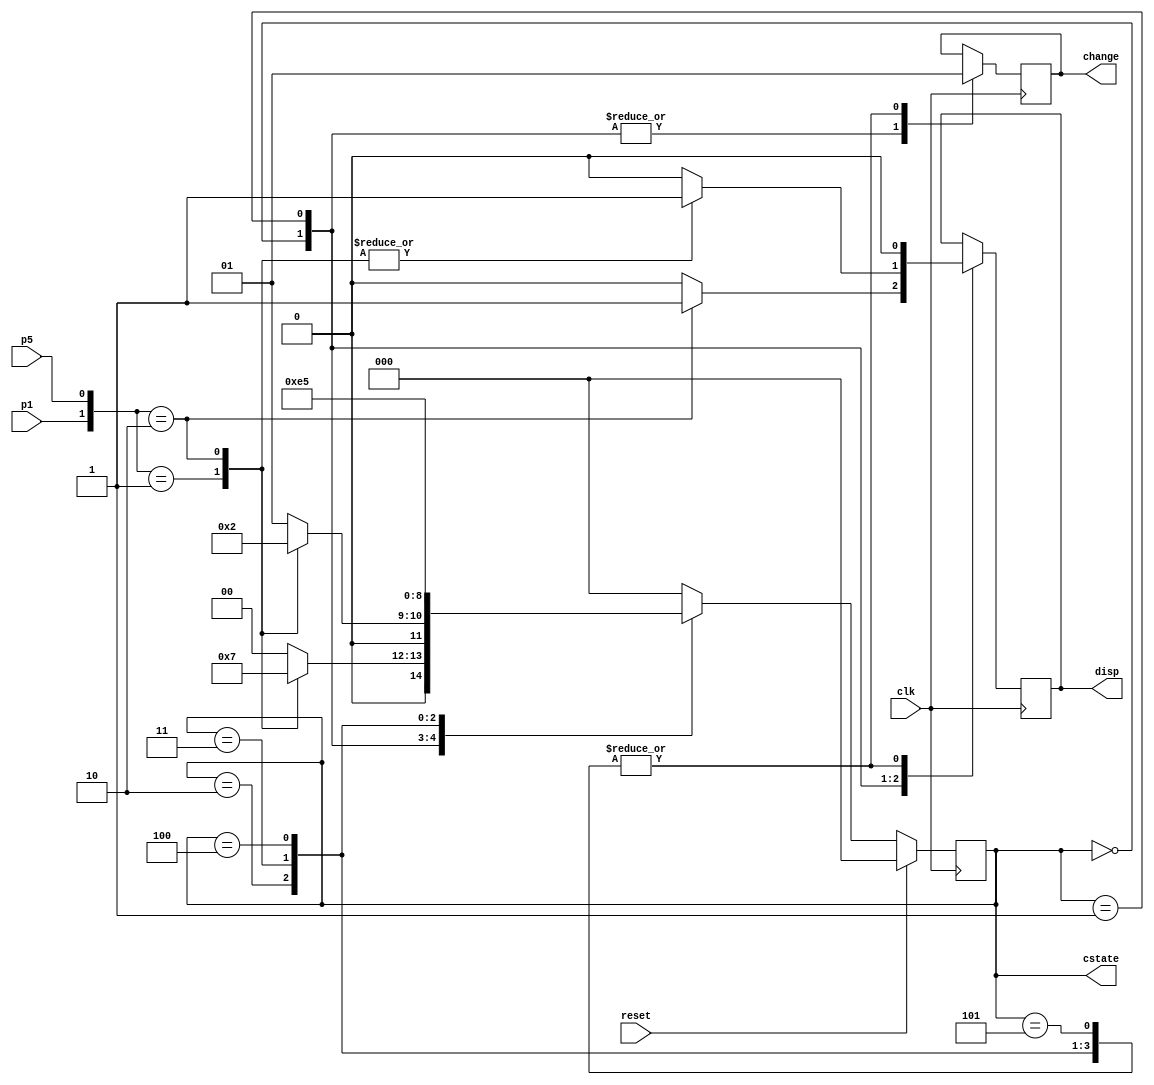
//**************************//
//    2P Vending Machine    //
//   Jeph Mari M. Daligdig  //
//**************************//


module vendo_2p (clk,
		reset, 
		p1,
		p5,
		disp,
		change,
		cstate
);

//input declaration
input reset;
input clk;
input p1;
input p5;

//output declaration
output disp;
output change;
output [2:0] cstate;

//data types
wire reset;
wire clk;
wire p1;
wire p5;

reg disp;
reg change;
reg [2:0] cstate;
reg [2:0] nstate;

//States
parameter state_A = 3'b000;
parameter state_B = 3'b001;
parameter state_C = 3'b010;
parameter state_D = 3'b011;
parameter state_E = 3'b100;
parameter state_F = 3'b101;

//code begins here
//state Transition
always @ (posedge clk) begin
	if (reset)
		cstate <= 3'b000;
	else
		cstate <= nstate;
	end
//Next State Assignment
	always @ (*) begin
		case (cstate)
			state_A: case({p1,p5})
				2'b01: nstate <= state_B;
				2'b10: nstate <= state_D;
				default: nstate <= state_A;
					endcase
			state_B: case ({p1,p5})
				2'b01: nstate <= state_A;
				2'b10: nstate <= state_C;
				default: nstate <=state_B;
					endcase
			state_C: nstate <= state_D;
			state_D: nstate <= state_E;
			state_E: nstate <= state_F;
			state_F: nstate <= state_A;
			default: nstate <= state_A;
		endcase
		end
//Output assignment
always @ (posedge clk) begin
	case (cstate)
		state_A: case({p1,p5})
			2'b01: begin disp <= 1'b0;
			change <= 1'b0; end
			2'b10: begin disp <= 1'b1;
			change <= 1'b0; end			
			default: begin disp <= 1'b0;
			change <= 1'b0; end
				endcase
		state_B: case({p1,p5})
			2'b01: begin disp <= 1'b1;
			change <= 1'b0; end
			2'b10: begin disp <= 1'b1;
			change <= 1'b0; end
			default: begin disp <= 1'b0;
			change <= 1'b0; end
				endcase
		state_C: begin disp <= 1'b0;
			change <= 1'b1; end
		state_D:	begin disp <= 1'b0;
			change <= 1'b1; end
		state_E: begin disp <= 1'b0;
			change <= 1'b1; end
		state_F:	begin disp <= 1'b0;
			change <= 1'b1; end
	endcase
	end
endmodule